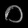
Digit: ၀